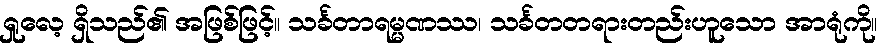
ရှုလေ့ ရှိသည်၏ အဖြစ်ဖြင့်။ သင်္ခတာရမ္မဏဿ၊ သင်္ခတတရားတည်းဟူသော အာရုံကို။